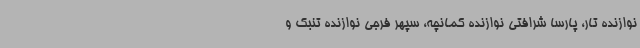
نوازنده تار، پارسا شرافتی نوازنده کمانچه، سپهر فرجی نوازنده تنبک و